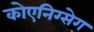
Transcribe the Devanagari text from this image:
कोएनिग्सेग